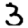
Digit: 3